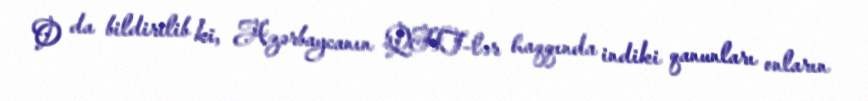
O da bildirilib ki, Azərbaycanın QHT-lər haqqında indiki qanunları onların